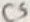
Text: C5